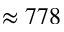
\approx 7 7 8